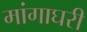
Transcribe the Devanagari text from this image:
मांगाघरी